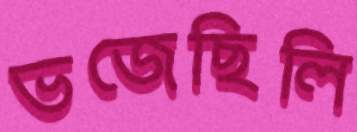
ভজেছিলি